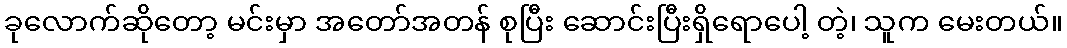
ခုလောက်ဆိုတော့ မင်းမှာ အတော်အတန် စုပြီး ဆောင်းပြီးရှိရောပေါ့ တဲ့၊ သူက မေးတယ်။